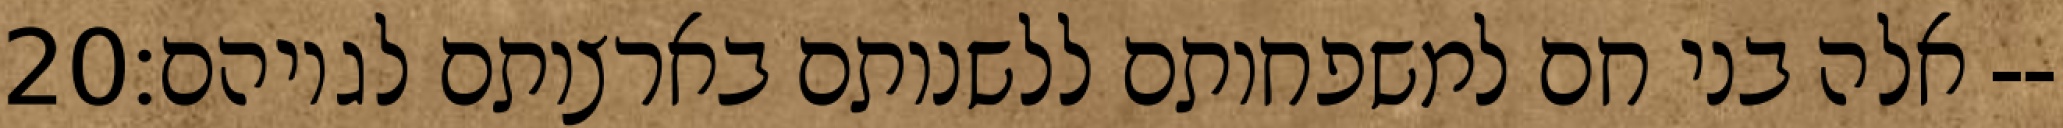
‎20‏ אלה בני חם למשפחותם ללשנותם בארצותם לגויהם׃--